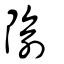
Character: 隃